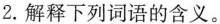
2.解释下列词语的含义。